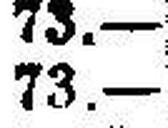
73.—